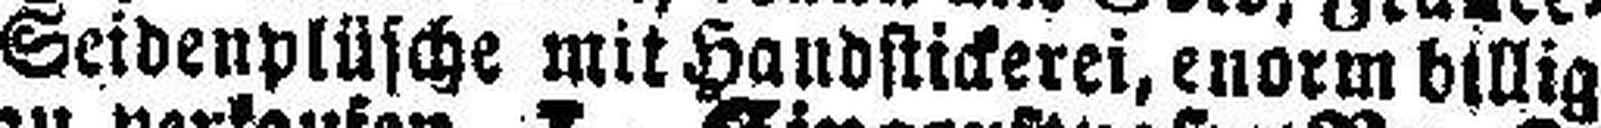
Seidenplüsche mit Handstickerei, enorm billig